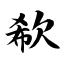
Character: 欷